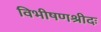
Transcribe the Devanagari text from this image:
विभीषणश्रीदः